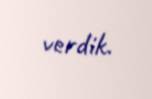
verdik.